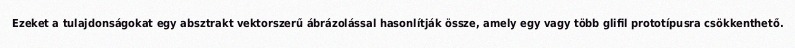
Ezeket a tulajdonságokat egy absztrakt vektorszerű ábrázolással hasonlítják össze, amely egy vagy több glifil prototípusra csökkenthető.